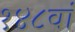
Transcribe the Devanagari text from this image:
१४८वां